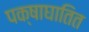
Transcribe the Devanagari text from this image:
पक्षाघातित